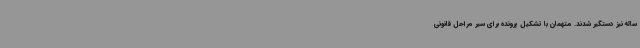
ساله نیز دستگیر شدند. متهمان با تشکیل پرونده برای سیر مراحل قانونی